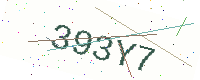
Text: 393Y7